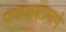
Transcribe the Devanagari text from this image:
पाकळ्याप्रमाणे